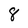
Character: 8